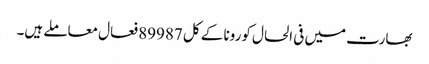
بھارت میں فی الحال کورونا کے کل 89987 فعال معاملے ہیں۔